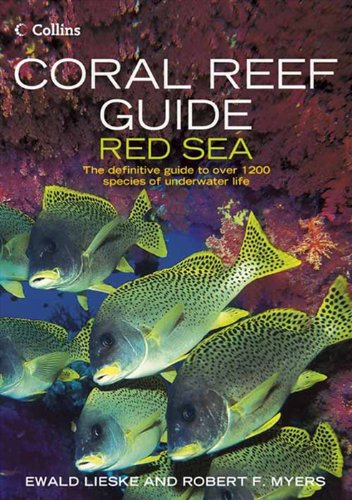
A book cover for Coral Reef Guide Red Sea; Ewald Lieske; Science & Math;